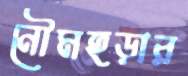
নৌমহড়ার